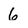
Character: 6